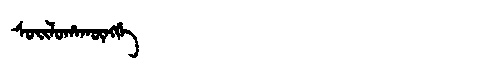
Manchu: ᠰᠣᡳᠯᠣᡥᠠᡴᡡᠩᡤᡝ
Romanization: SOILOHAKŪNGGE